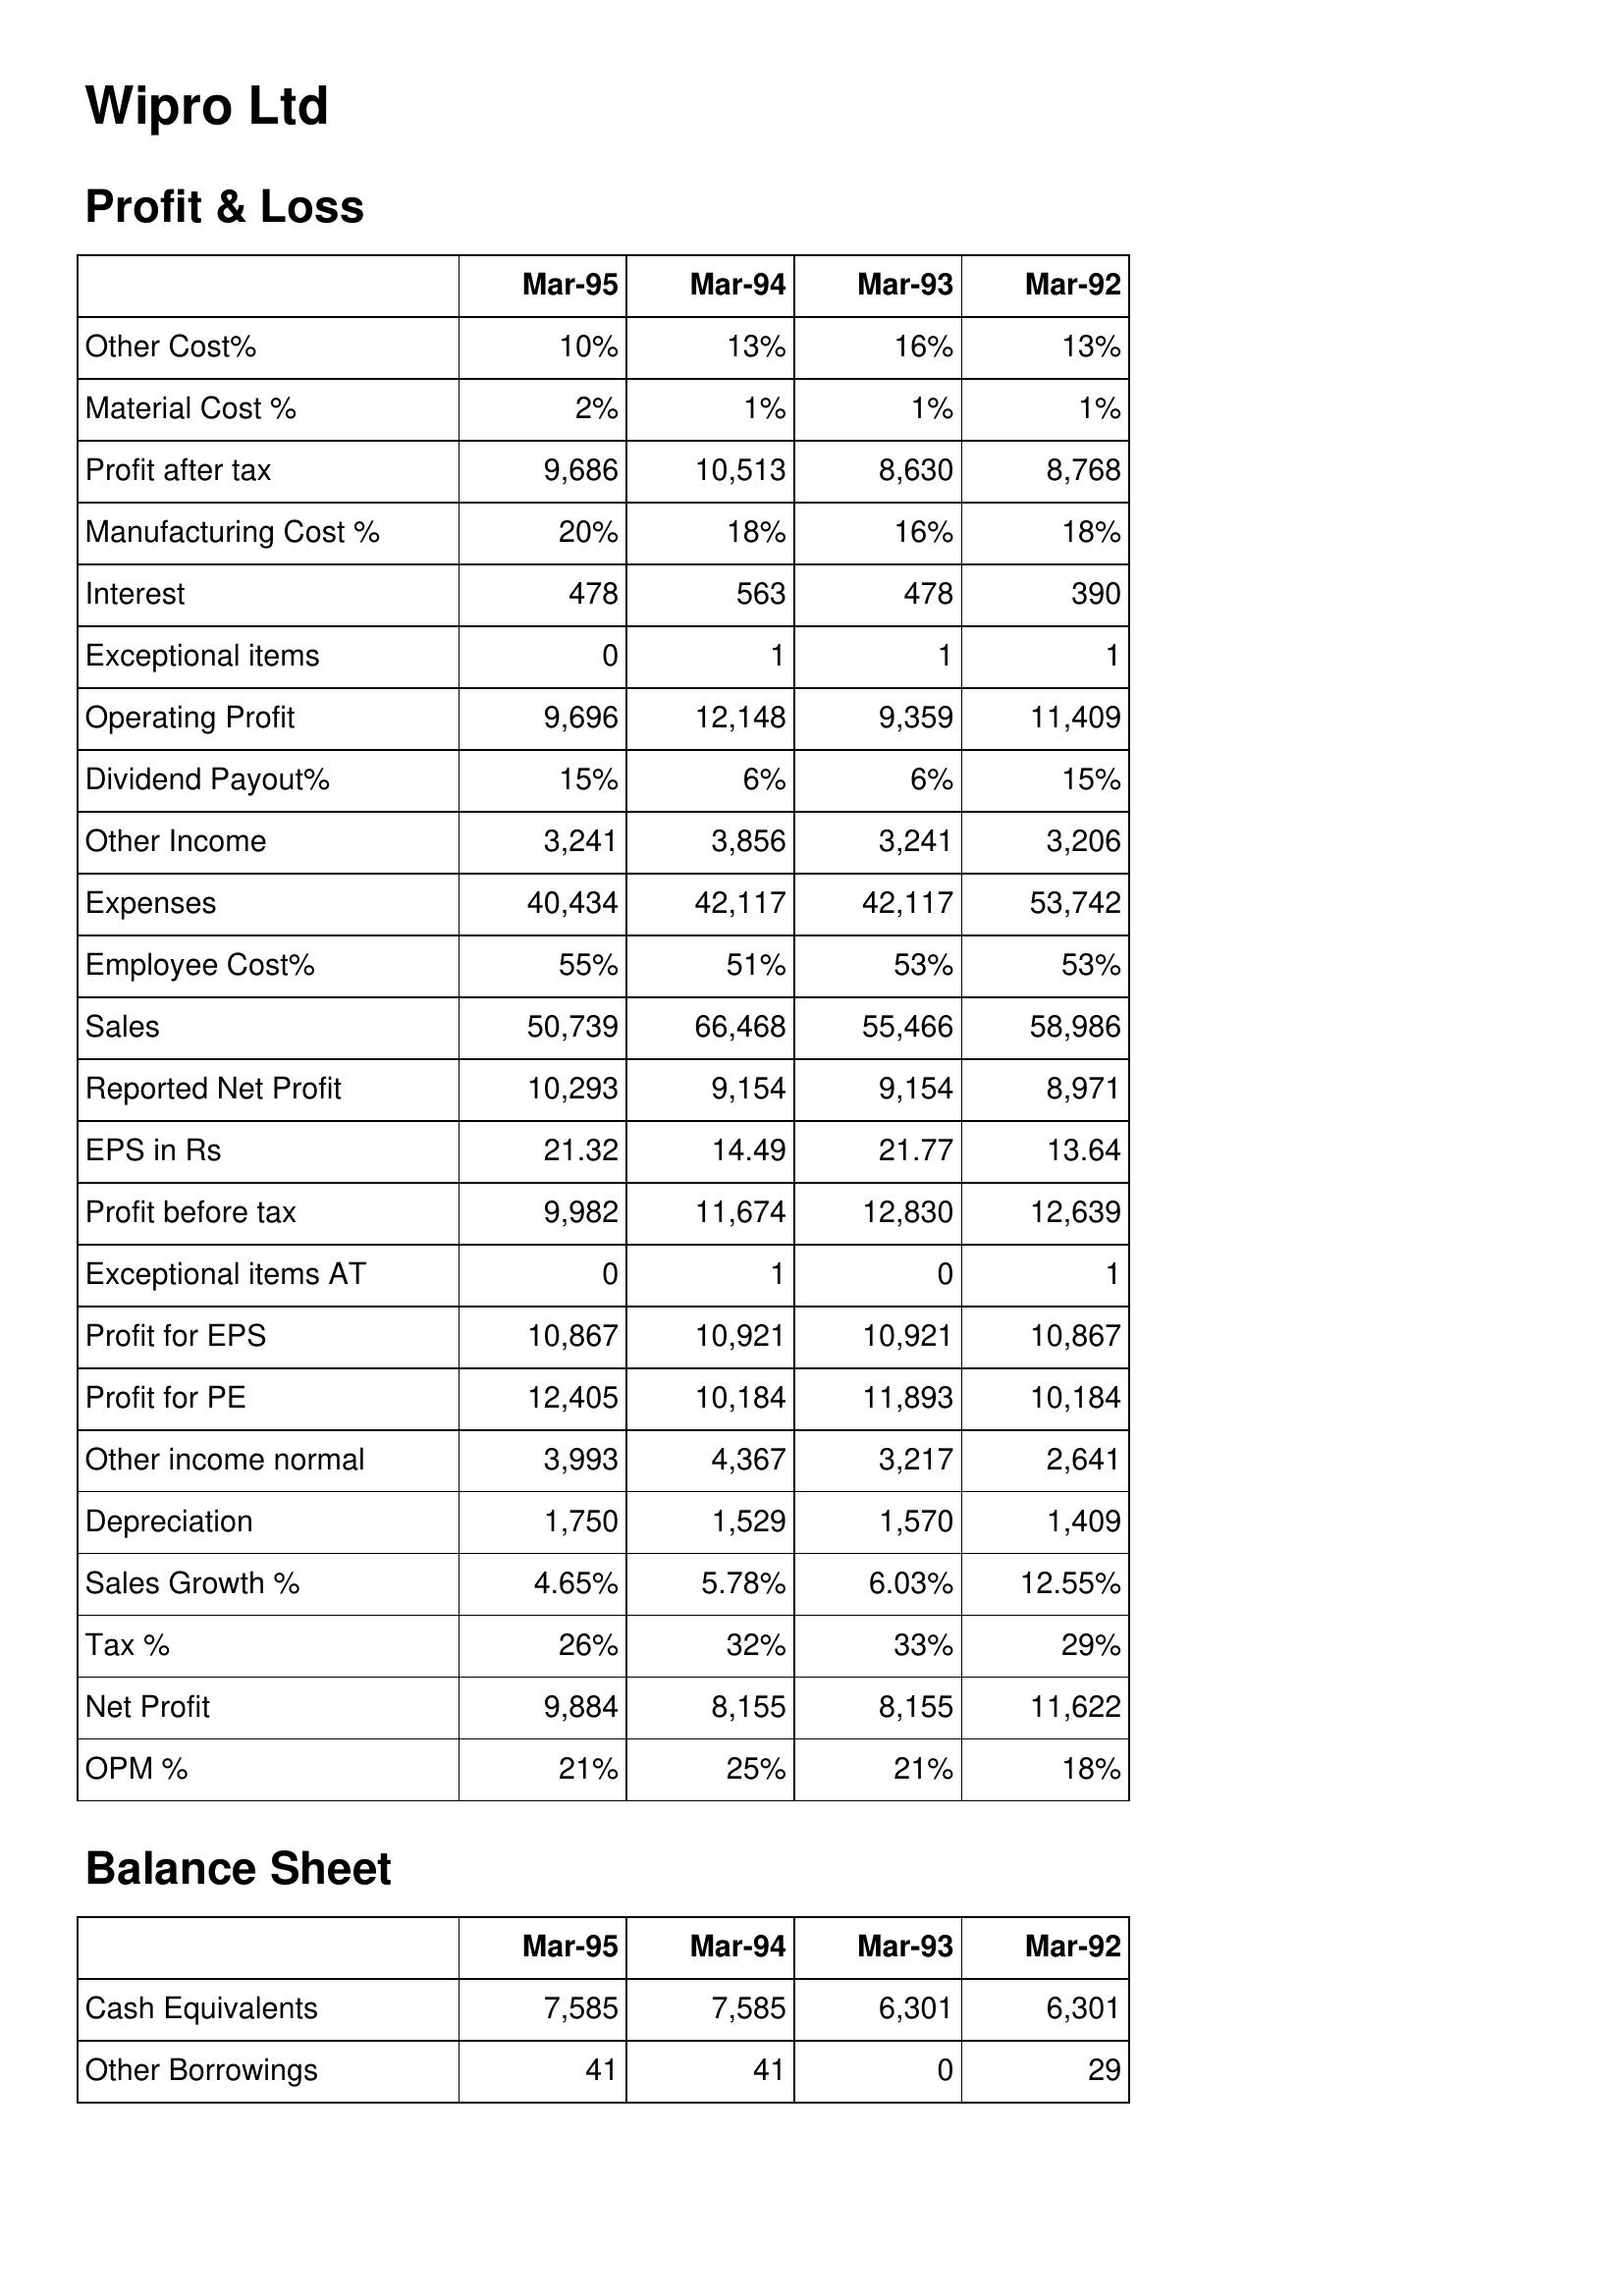
Mar-95: Profit & Loss: Other Cost%: 10%
Material Cost %: 2%
Profit after tax: 9,686
Manufacturing Cost %: 20%
Interest: 478
Exceptional items: 0
Operating Profit: 9,696
Dividend Payout%: 15%
Other Income: 3,241
Expenses: 40,434
Employee Cost%: 55%
Sales: 50,739
Reported Net Profit: 10,293
EPS in Rs: 21.32
Profit before tax: 9,982
Exceptional items AT: 0
Profit for EPS: 10,867
Profit for PE: 12,405
Other income normal: 3,993
Depreciation: 1,750
Sales Growth %: 4.65%
Tax %: 26%
Net Profit: 9,884
OPM %: 21%
Balance Sheet: Cash Equivalents: 7,585
Other Borrowings: 41
Mar-94: Profit & Loss: Other Cost%: 13%
Material Cost %: 1%
Profit after tax: 10,513
Manufacturing Cost %: 18%
Interest: 563
Exceptional items: 1
Operating Profit: 12,148
Dividend Payout%: 6%
Other Income: 3,856
Expenses: 42,117
Employee Cost%: 51%
Sales: 66,468
Reported Net Profit: 9,154
EPS in Rs: 14.49
Profit before tax: 11,674
Exceptional items AT: 1
Profit for EPS: 10,921
Profit for PE: 10,184
Other income normal: 4,367
Depreciation: 1,529
Sales Growth %: 5.78%
Tax %: 32%
Net Profit: 8,155
OPM %: 25%
Balance Sheet: Cash Equivalents: 7,585
Other Borrowings: 41
Mar-93: Profit & Loss: Other Cost%: 16%
Material Cost %: 1%
Profit after tax: 8,630
Manufacturing Cost %: 16%
Interest: 478
Exceptional items: 1
Operating Profit: 9,359
Dividend Payout%: 6%
Other Income: 3,241
Expenses: 42,117
Employee Cost%: 53%
Sales: 55,466
Reported Net Profit: 9,154
EPS in Rs: 21.77
Profit before tax: 12,830
Exceptional items AT: 0
Profit for EPS: 10,921
Profit for PE: 11,893
Other income normal: 3,217
Depreciation: 1,570
Sales Growth %: 6.03%
Tax %: 33%
Net Profit: 8,155
OPM %: 21%
Balance Sheet: Cash Equivalents: 6,301
Other Borrowings: 0
Mar-92: Profit & Loss: Other Cost%: 13%
Material Cost %: 1%
Profit after tax: 8,768
Manufacturing Cost %: 18%
Interest: 390
Exceptional items: 1
Operating Profit: 11,409
Dividend Payout%: 15%
Other Income: 3,206
Expenses: 53,742
Employee Cost%: 53%
Sales: 58,986
Reported Net Profit: 8,971
EPS in Rs: 13.64
Profit before tax: 12,639
Exceptional items AT: 1
Profit for EPS: 10,867
Profit for PE: 10,184
Other income normal: 2,641
Depreciation: 1,409
Sales Growth %: 12.55%
Tax %: 29%
Net Profit: 11,622
OPM %: 18%
Balance Sheet: Cash Equivalents: 6,301
Other Borrowings: 29